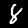
Label: 8